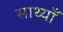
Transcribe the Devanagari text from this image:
साथ्याँ